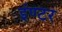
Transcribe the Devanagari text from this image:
इंण्टर